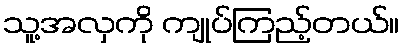
သူ့အလှကို ကျုပ်ကြည့်တယ်။